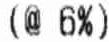
(@ 6%)